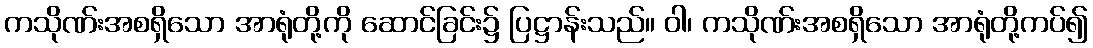
ကသိုဏ်းအစရှိသော အာရုံတို့ကို ဆောင်ခြင်း၌ ပြဋ္ဌာန်းသည်။ ဝါ၊ ကသိုဏ်းအစရှိသော အာရုံတို့ကပ်၍